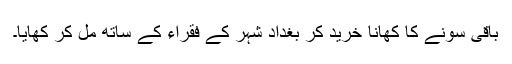
باقی سونے کا کھانا خرید کر بغداد شہر کے فقراء کے ساتھ مل کر کھایا۔